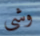
وشى